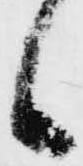
候